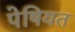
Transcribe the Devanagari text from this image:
पेषियत